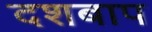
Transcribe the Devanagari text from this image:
दशबाप